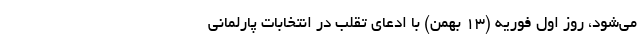
می‌شود، روز اول فوریه (۱۳ بهمن) با ادعای تقلب در انتخابات پارلمانی